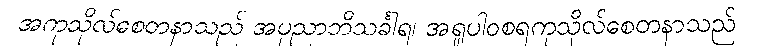
အကုသိုလ်စေတနာသည် အပုညာဘိသင်္ခါရ၊ အရူပါဝစရကုသိုလ်စေတနာသည်